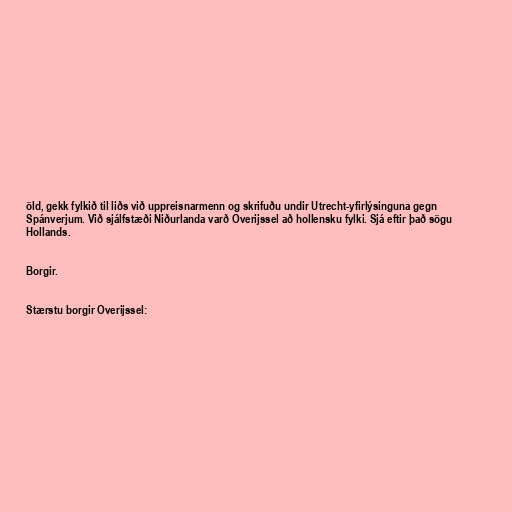
öld, gekk fylkið til liðs við uppreisnarmenn og skrifuðu undir Utrecht-yfirlýsinguna gegn
Spánverjum. Við sjálfstæði Niðurlanda varð Overijssel að hollensku fylki. Sjá eftir það sögu
Hollands.

Borgir.

Stærstu borgir Overijssel: